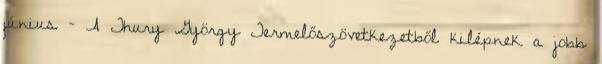
június – A Thury György Termelőszövetkezetből kilépnek a jobb